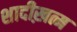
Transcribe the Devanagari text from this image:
शादीख़त्म